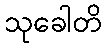
သုခေါတိ